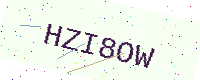
Text: HZI8OW